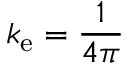
k _ { \mathrm { e } } = { \frac { 1 } { 4 \pi } }